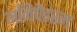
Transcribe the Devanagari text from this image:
मनिचैइस्म